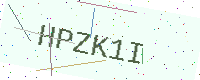
Text: HPZK1I